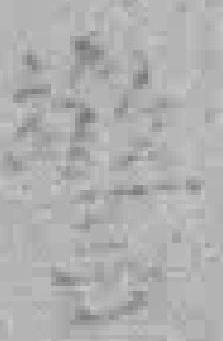
警